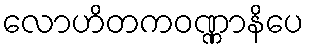
လောဟိတကဝဏ္ဏာနိပေ